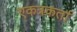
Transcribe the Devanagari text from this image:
एकत्रकर्ता